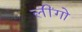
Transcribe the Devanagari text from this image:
लींगो